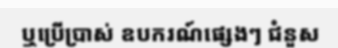
ឬប្រើប្រាស់ ឧបករណ៍ផ្សេងៗ ជំនួស